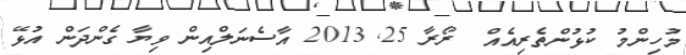
މުހިންމު ކުޅުންތެރިއެއް  ރޯރާ 25